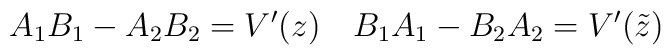
A_1B_1-A_2B_2 = V'(z)\quad B_1A_1-B_2A_2=V'(\tilde z)